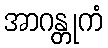
အာဂန္တုကံ